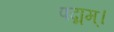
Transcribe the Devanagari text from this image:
पद्मम्।